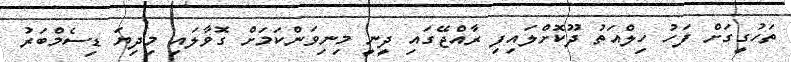
ތަހުގީގަށް ފަހު ހިލްއަތު ދޫކޮށްލައިފި ރާއްޖޭގައި ދީނީ މިނިވަންކަމަށް ގޮވާލައި މިދިޔަ ޑިސެމްބަރު